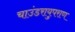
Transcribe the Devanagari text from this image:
चाउंडरायुपराण